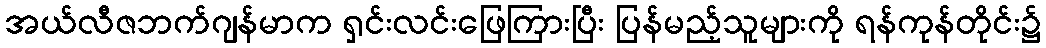
အယ်လီဇဘက်ဂျန်မာက ရှင်းလင်းဖြေကြားပြီး ပြန်မည့်သူများကို ရန်ကုန်တိုင်း၌